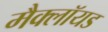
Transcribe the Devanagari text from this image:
मैक्लॉयड